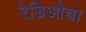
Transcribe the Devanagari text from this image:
रेडिओचा